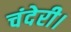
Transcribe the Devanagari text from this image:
चंदेरी।